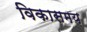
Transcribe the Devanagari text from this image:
विकासमय